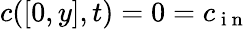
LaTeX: c([0,y],t)=0=c_{\mathrm{~i~n~}}